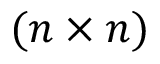
( n \times n )